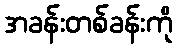
အခန်းတစ်ခန်းကို